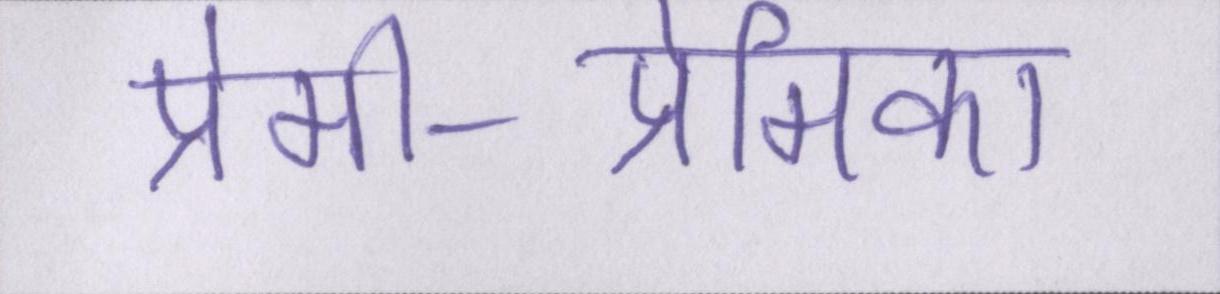
प्रेमी-प्रेमिका